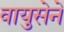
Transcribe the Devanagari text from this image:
वायुसेने